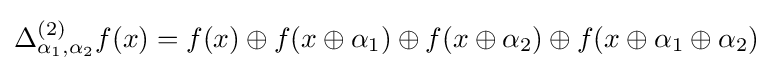
\Delta _{\alpha _{1},\alpha _{2}}^{(2)}f(x)=f(x)\oplus f(x\oplus \alpha _{1})\oplus f(x\oplus \alpha _{2})\oplus f(x\oplus \alpha _{1}\oplus \alpha _{2})